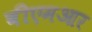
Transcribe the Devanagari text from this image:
बीएमआर